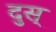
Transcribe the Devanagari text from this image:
दुस्‌